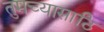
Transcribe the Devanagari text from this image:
तुमच्यासाठि